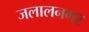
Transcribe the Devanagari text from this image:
जलालनगर